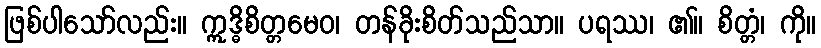
ဖြစ်ပါသော်လည်း။ ဣဒ္ဓိစိတ္တမေဝ၊ တန်ခိုးစိတ်သည်သာ။ ပရဿ၊ ၏။ စိတ္တံ၊ ကို။